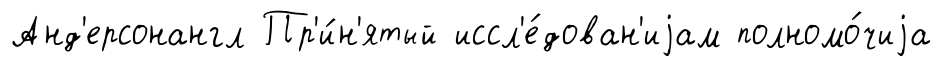
Анд'ерсонангл Пр'и́н'ятый иссл'е́дован'иjам полномо́чиjа